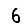
Digit: 6